Report of veterinary surgeon J.H. Steel, A.V.D., on his investigation into an obscure and fatal disease among transport mules in British Burma
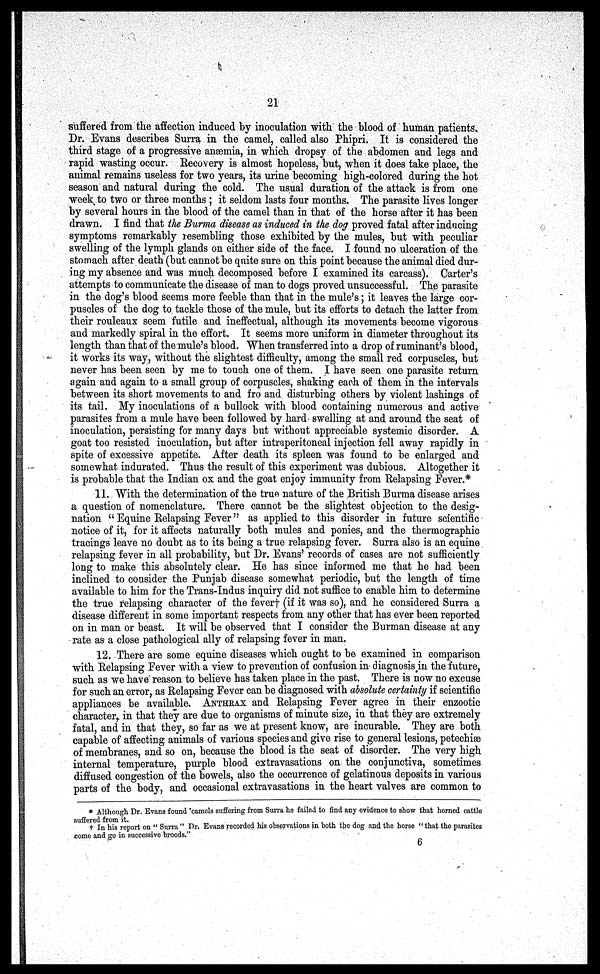
21
suffered from the affection induced by inoculation with the blood of human patients.
Dr. Evans describes Surra in the camel, called also Phipri. It is considered the
third stage of a progressive anaemia, in which dropsy of the abdomen and legs and
rapid wasting occur. Recovery is almost hopeless, but, when it does take place, the
animal remains useless for two years, its urine becoming high-colored during the hot
season and natural during the cold. The usual duration of the attack is from one
week to two or three months ; it seldom lasts four months. The parasite lives longer
by several hours in the blood of the camel than in that of the horse after it has been
drawn. I find that the Burma disease as induced in the dog proved fatal after inducing
symptoms remarkably lesembling those exhibited by the mules, but with peculiar
swelling of the lymph glands on either side of the face. I found no ulceration of the
stomach after death (but cannot be quite sure on this point because the animal died dur-
ing my absence and was much decomposed before I examined its carcass). Carter's
attempts to communicate the disease of man to dogs proved unsuccessful. The parasite
in the dog's blood seems more feeble than that in the mule's; it leaves the large cor-
puscles of the dog to tackle those of the mule, but its efforts to detach the latter from
their rouleaux seem futile and ineffectual, although its movements become vigorous
and markedly spiral in the effort. It seems more uniform in diameter throughout its
length than that of the mule's blood. "When transferred into a drop of ruminant's blood,
it works its way, without the slightest difficulty, among the small red corpuscles, but
never has been seen by me to touch one of them. I have seen one parasite return
again and again to a small group of corpuscles, shaking each of them in the intervals
between its short movements to and fro and disturbing others by violent lashings of
its tail. My inoculations of a bullock with blood containing numerous and active
parasites from a mule have been followed by hard swelling at and around the seat of
inoculation, persisting for many days but without appreciable systemic disorder. A
goat too resisted inoculation, but after intraperitoneal injection fell away rapidly in
spite of excessive appetite. After death its spleen was found to be enlarged and
somewhat indurated. Thus the result of this experiment was dubious. Altogether it
is probable that the Indian ox and the goat enjoy immunity from Relapsing Fever.*
11. With the determination of the true nature of the British Burma disease arises
a question of nomenclature. There cannot be the slightest objection to the desig-
nation " Equine Relapsing Fever" as applied to this disorder in future scientific
notice of it, for it affects naturally both mules and ponies, and the thermographic
tracings leave no doubt as to its being a true relapsing fever. Surra also is an equine
relapsing fever in all probability, but Dr. Evans' records of cases are not sufficiently
long to make this absolutely clear. He has since informed me that he had been
inclined to consider the Punjab disease somewhat periodic, but the length of time
available to him for the Trans-Indus inquiry did not suffice to enable him to determine
the true relapsing character of the fever† (if it was so), and he considered Surra a
disease different in some important respects from any other that has ever been reported
on in man or beast. It will be observed that I consider the Burman disease at any
rate as a close pathological ally of relapsing fever in man.
12. There are some equine diseases which ought to be examined in comparison
with Relapsing Fever with a view to prevention of confusion in diagnosis in the future,
such as we have' reason to believe has taken place in the past. There is now no excuse
for such an error, as Relapsing Fever can be diagnosed with absolute certainty if scientific
appliances be available. ANTHRAX and Relapsing Fever agree in their enzootic
character, in that they are due to organisms of minute size, in that they are extremely
fatal, and in that they, so far as we at present know, are incurable. They are both
capable of affecting animals of various species and give rise to general lesions, petechiæ
of membranes, and so on, because the blood is the seat of disorder. The very high
internal temperature, purple blood extravasations on the conjunctiva, sometimes
diffused congestion of the bowels, also the occurrence of gelatinous deposits in various
parts of the body, and occasional extravasations in the heart valves are common to
* Although Dr. Evans found 'camels suffering from Surra he failed to find any evidence to show that horned cattle
† In his report on " Surra " Dr. Evans recorded his observations in both the dog and the horse " that the parasites
come and go in successive broods."
6